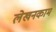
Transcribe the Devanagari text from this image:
लेखनकाम